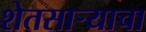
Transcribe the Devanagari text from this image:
शेतसार्‍याचा